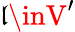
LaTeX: \mathfrak{l}\inV^{\prime}